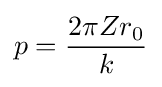
p={\frac {2\pi Zr_{0}}{k}}